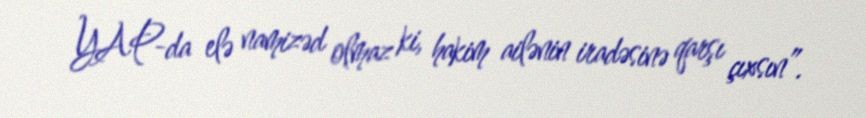
YAP-da elə namizəd olmaz ki, hakim ailənin iradəsinə qarşı çıxsın”.